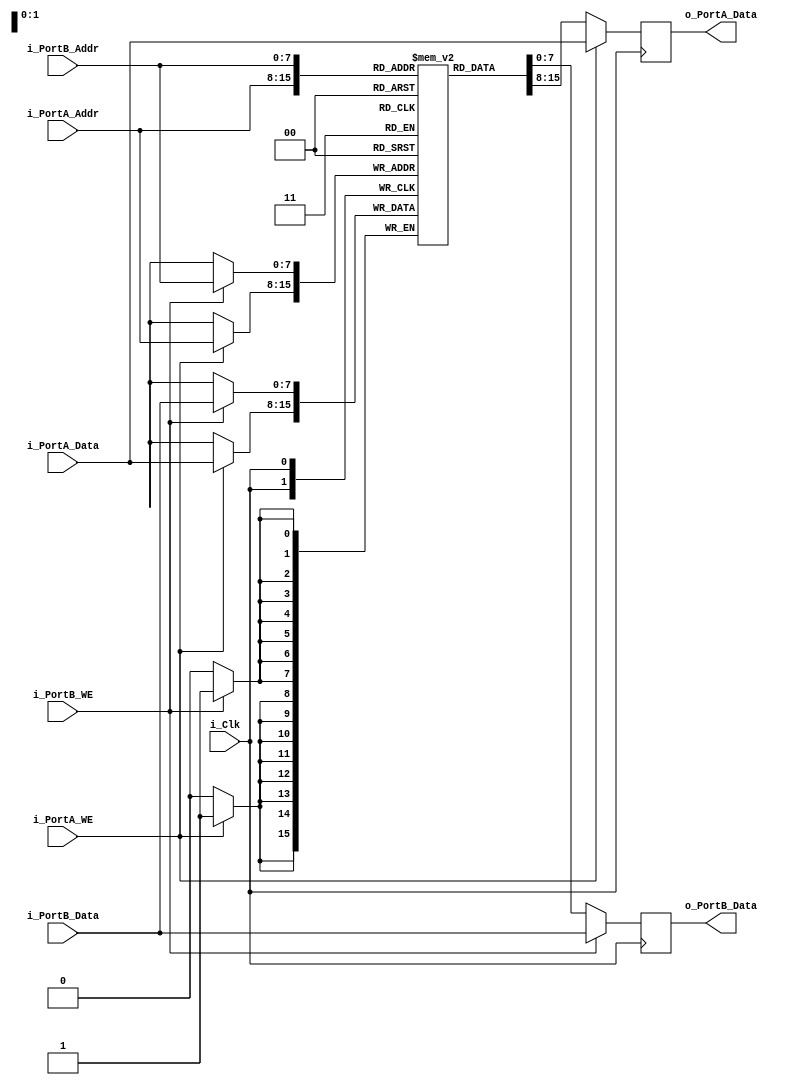
// Infers a Dual Port RAM using a single clock
// Accesses the same underlying memory via 2 separate ports.
// Usually make PortA write and PortB read.

module Dual_Port_RAM_Single_Clock #(parameter WIDTH = 8, DEPTH = 256)
  (input                     i_Clk,
   // Port A Signals
   input [WIDTH-1:0]         i_PortA_Data,
   input [$clog2(DEPTH)-1:0] i_PortA_Addr,
   input                     i_PortA_WE,
   output reg [WIDTH-1:0]    o_PortA_Data,
   // Port B Signals
   input [WIDTH-1:0]         i_PortB_Data,
   input [$clog2(DEPTH)-1:0] i_PortB_Addr,
   input                     i_PortB_WE,
   output reg [WIDTH-1:0]    o_PortB_Data
   );

  // Declare the Memory variable
  reg [WIDTH-1:0] r_Memory[DEPTH-1:0];
	
  // Port A
  always @ (posedge i_Clk)
  begin
    if (i_PortA_WE) 
    begin
      r_Memory[i_PortA_Addr] <= i_PortA_Data;
      o_PortA_Data           <= i_PortA_Data;
    end
    else 
    begin
      o_PortA_Data <= r_Memory[i_PortA_Addr];
    end
  end
	
  // Port B
  always @ (posedge i_Clk)
  begin
    if (i_PortB_WE)
    begin
      r_Memory[i_PortB_Addr] <= i_PortB_Data;
      o_PortB_Data           <= i_PortB_Data;
    end
    else
    begin
      o_PortB_Data <= r_Memory[i_PortB_Addr];
    end
  end
	
endmodule // Dual_Port_RAM_Single_Clock